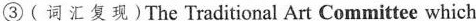
③( 词汇复现)The Traditional Art Committee which